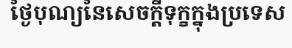
ថ្ងៃបុណ្យនៃសេចក្តីទុក្ខក្នុងប្រទេស